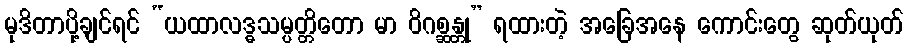
မုဒိတာပို့ချင်ရင် “ယထာလဒ္ဓသမ္ပတ္တိတော မာ ဝိဂစ္ဆန္တု” ရထားတဲ့ အခြေအနေ ကောင်းတွေ ဆုတ်ယုတ်